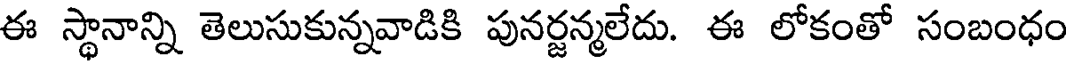
ఈ స్థానాన్ని తెలుసుకున్నవాడికి పునర్జన్మలేదు. ఈ లోకంతో సంబంధం